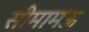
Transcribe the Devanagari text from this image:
सीमामऊ